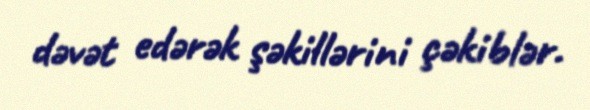
dəvət edərək şəkillərini çəkiblər.